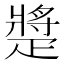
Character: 𤴠